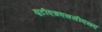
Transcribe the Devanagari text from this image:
यूटीएचएससीएसए